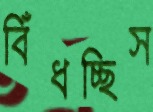
বিঁধচ্ছিস